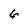
Character: 6